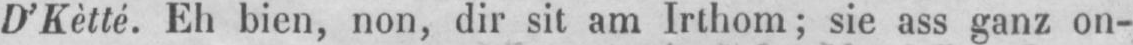
D’Kètté. Eh bien, non, dir sit am Irthom; sie ass ganz on-